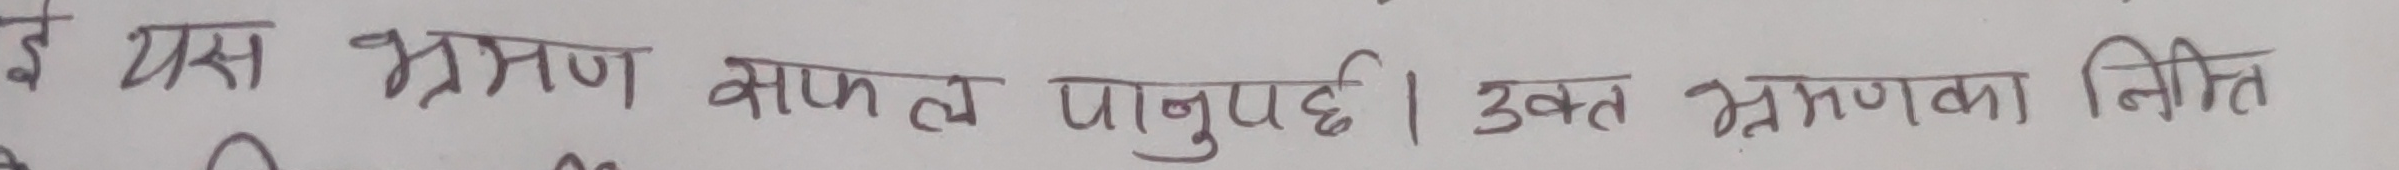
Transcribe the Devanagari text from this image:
ई यस भ्रमण सफल व पार्नुपर्छ। उक्त भ्रमणका नीति